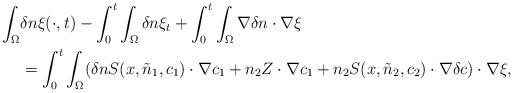
LaTeX: \begin{align*}\begin{aligned}\int_{\Omega}&\delta n \xi(\cdot,t)-\int_{0}^{t}\int_{\Omega} \delta n \xi_{t} +\int_{0}^{t}\int_{\Omega}\nabla\delta n\cdot \nabla \xi\\&=\int_{0}^{t}\int_{\Omega}( \delta n S(x,\tilde{n}_{1},c_{1}) \cdot \nabla c_{1} +n_{2} Z \cdot \nabla c_{1} +n_{2}S(x,\tilde{n}_{2},c_{2}) \cdot \nabla \delta c)\cdot \nabla \xi,\end{aligned}\end{align*}